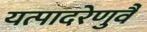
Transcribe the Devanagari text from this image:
यत्पादरेणुर्वै